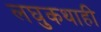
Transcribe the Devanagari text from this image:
लघुकथाही